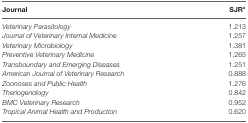
<table><thead><tr><td><b>Journal</b></td><td><b>SJR<sup>a</sup></b></td></tr></thead><tbody><tr><td><i>Veterinary Parasitology</i></td><td>1.213</td></tr><tr><td><i>Journal of Veterinary Internal Medicine</i></td><td>1.257</td></tr><tr><td><i>Veterinary Microbiology</i></td><td>1.381</td></tr><tr><td><i>Preventive Veterinary Medicine</i></td><td>1.265</td></tr><tr><td><i>Transboundary and Emerging Diseases</i></td><td>1.251</td></tr><tr><td><i>American Journal of Veterinary Research</i></td><td>0.888</td></tr><tr><td><i>Zoonoses and Public Health</i></td><td>1.276</td></tr><tr><td><i>Theriogenology</i></td><td>0.842</td></tr><tr><td><i>BMC Veterinary Research</i></td><td>0.952</td></tr><tr><td><i>Tropical Animal Health and Production</i></td><td>0.620</td></tr></tbody></table>